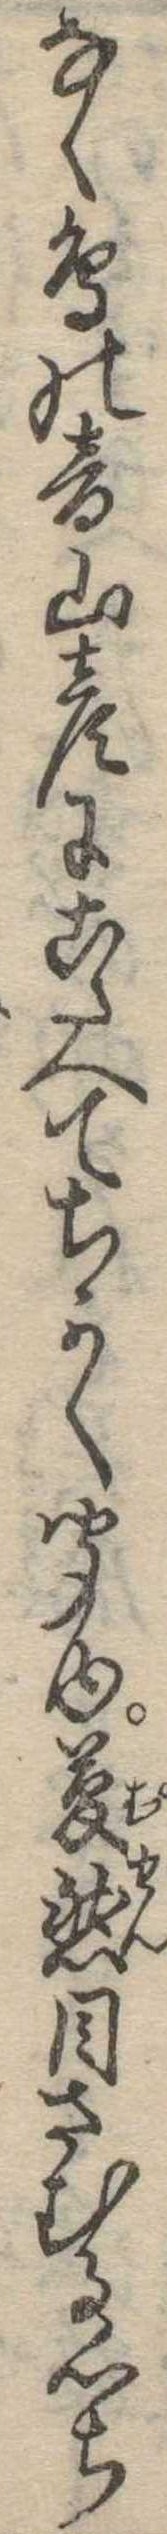
なく鳥の音山彦にこたへてちかく聞ゆ夢然目さむる心ち